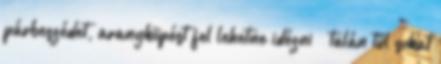
párbeszédet, aranyköpést fel lehetne idézni – talán túl sokat